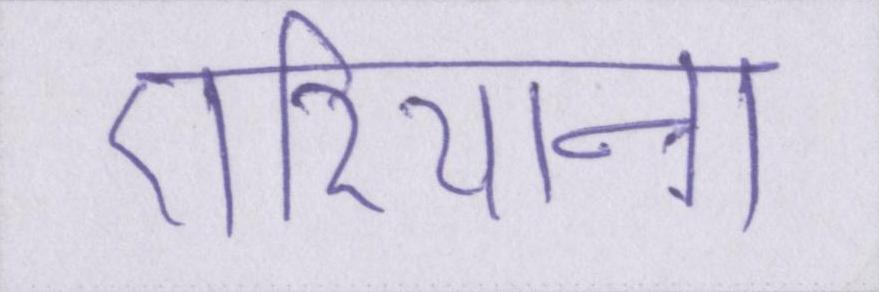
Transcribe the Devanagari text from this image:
एरियाना